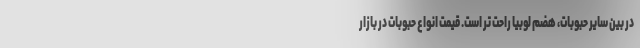
در بین سایر حبوبات، هضم لوبیا راحت تر است. قیمت انواع حبوبات در بازار